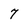
Character: 7